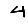
Digit: 4